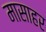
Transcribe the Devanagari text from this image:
मासाहर